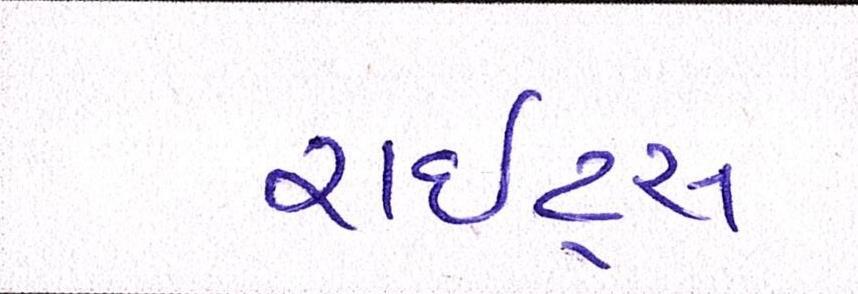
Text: રાઇટ્સ